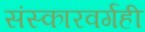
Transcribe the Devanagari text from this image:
संस्कारवर्गही